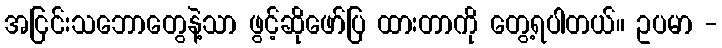
အငြင်းသဘောတွေနဲ့သာ ဖွင့်ဆိုဖော်ပြ ထားတာကို တွေ့ရပါတယ်။ ဥပမာ -